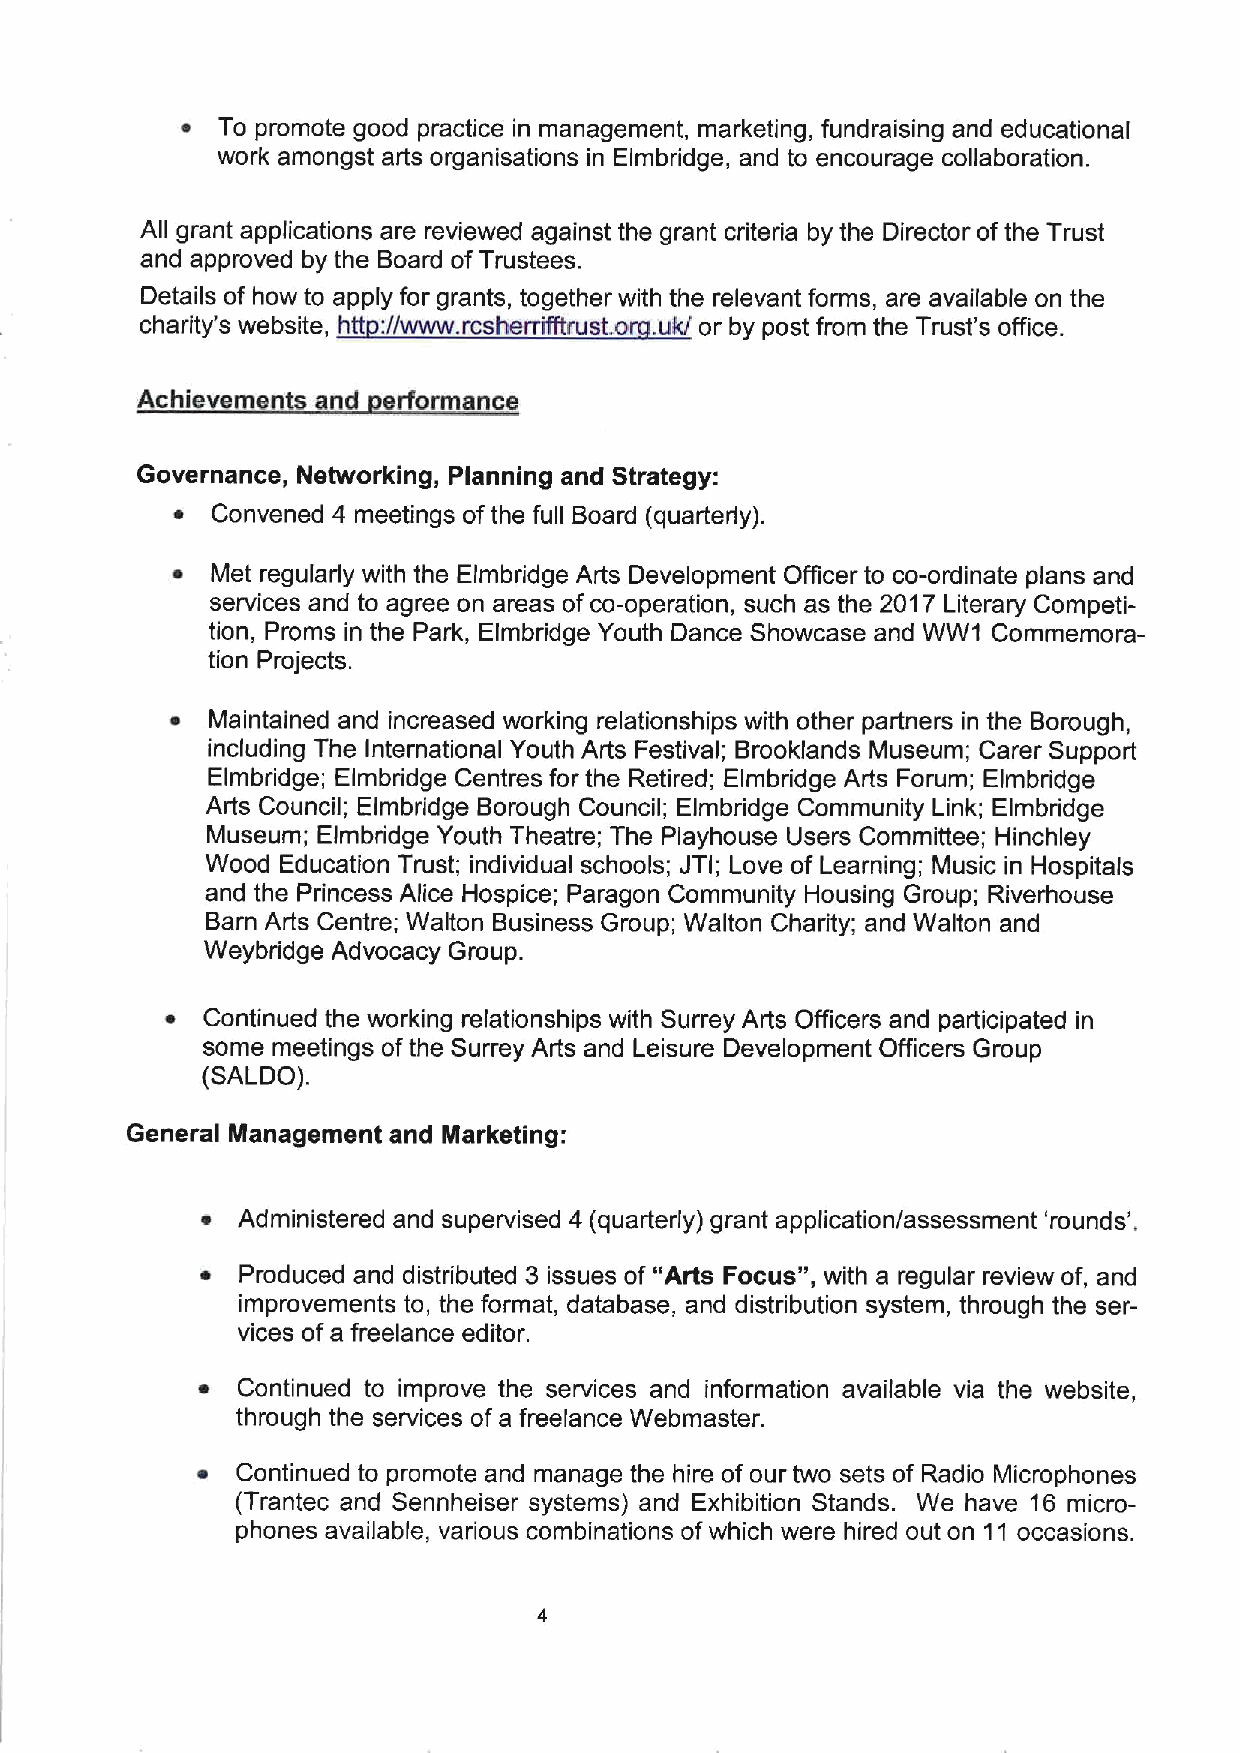
~ To promote good practice in management, marketing, fundraising and educational
 work amongst arts organisations in Elmbridge, and to encourage collaboration.
 All grant applications are reviewed against the grant criteria by the Director ofthe Trust
 and approved by the Board ofTrustees.
 Details of how to apply for grants, together with the relevant forms, are available on the
 charity's website, htt://www, rcsherrifltrust o uk/ or by post from the Trust's office.
 Achievements and erformance
 Governance, Networking, Planning and Strategy:
 ~  Convened 4 meetings ofthe full Board (quarterly).
 ~  Met regularly with the Elmbridge Arts Development Officer to co-ordinate plans and
 services and to agree on areas of co-operation, such as the 2017 Literary Competi-
 tion, Proms in the Park, Elmbridge Youth Dance Showcase and WW1 Commemora-
 tion Projects.
 ~  Maintained and increased working relationships with other partners in the Borough,
 including The International Youth Arts Festival; Brooklands Museum; Carer Support
 Elmbridge; Elmbridge Centres for the Retired; Elmbridge Arts Forum; Elmbridge
 Arts Council; Elmbridge Borough Council; Elmbridge Community Link; Elmbridge
 Museum; Elmbridge Youth Theatre; The Playhouse Users Committee; Hinchley
 Wood Education Trust; individual schools; JTI; Love of Learning; Music in Hospitals
 and the Princess Alice Hospice; Paragon Community Housing Group; Riverhouse
 Barn Arts Centre; Walton Business Group; Walton Charity; and Walton and
 Weybridge Advocacy Group.
 ~ Continued the working relationships with Surrey Arts Officers and participated in
 some meetings ofthe Surrey Arts and Leisure Development Officers Group
 (SALDO).
 General Management and Marketing:
 ~  Administered and supervised 4 (quarterly) grant application/assessment 'rounds'.
 ~  Produced and distributed 3 issues of "Arts Focus", with a regular review of, and
 improvements to, the format, database, and distribution system, through the ser-
 vices ofa freelance editor.
 ~  Continued to improve the services and information available via the website,
 through the services of a freelance Webmaster.
 ~  Continued to promote and manage the hire of our two sets of Radio Microphones
 (Trantec and Sennheiser systems) and Exhibition Stands. We have 16 micro-
 phones available, various combinations ofwhich were hired out on 11 occasions.